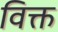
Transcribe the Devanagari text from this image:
विक्त